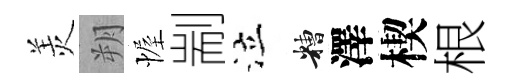
羙朔幄剬泣糟澤楔根